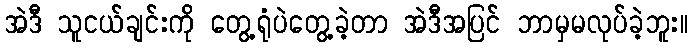
အဲဒီ သူငယ်ချင်းကို တွေ့ရုံပဲတွေ့ခဲ့တာ အဲဒီအပြင် ဘာမှမလုပ်ခဲ့ဘူး။